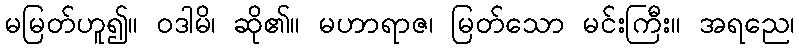
မမြတ်ဟူ၍။ ဝဒါမိ၊ ဆို၏။ မဟာရာဇ၊ မြတ်သော မင်းကြီး။ အရညေ၊